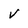
Character: V